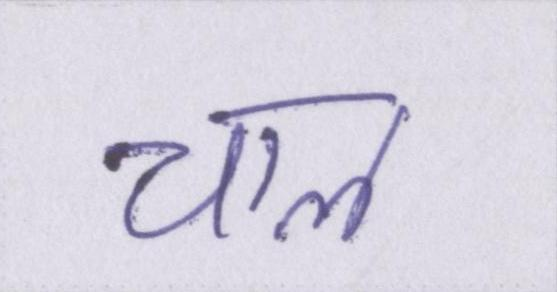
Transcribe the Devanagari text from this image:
चाल